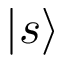
| s \rangle